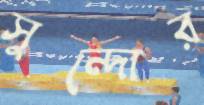
সুন্দোর